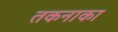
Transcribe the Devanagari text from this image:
तकनाका